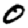
Digit: 0